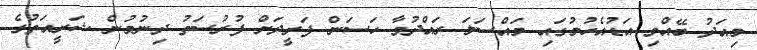
މިއަދު ބޭއްވި އަޑުއެހުމުގައި މައްސަލަ ރައްދުވާ ހަސަން ފަރީދަށް ފުރުސަތު ދިނުމުން ޝަރީއަތުގެ